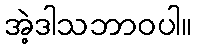
အဲ့ဒါသဘာဝပါ။